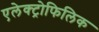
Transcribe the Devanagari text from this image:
एलेक्ट्रोफिलिक